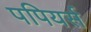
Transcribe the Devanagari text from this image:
पपियर्स